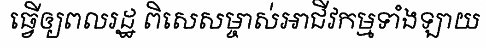
ធ្វើឲ្យពលរដ្ឋ ពិសេសម្ចាស់អាជីវកម្មទាំងឡាយ